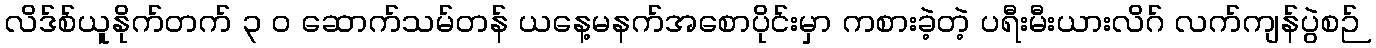
လိဒ်စ်ယူနိုက်တက် ၃ ၀ ဆောက်သမ်တန် ယနေ့မနက်အစောပိုင်းမှာ ကစားခဲ့တဲ့ ပရီးမီးယားလိဂ် လက်ကျန်ပွဲစဉ်